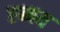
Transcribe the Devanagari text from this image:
एब्यय